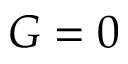
G = 0